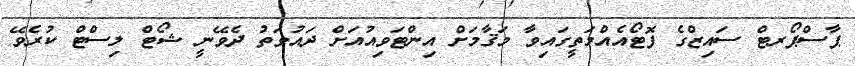
ޕާސްޕޯރޓް ސައިޒްގެ ފޮޓޯއެއްމަތީގައިވާ މަޤާމަށް އިންޓަވިއުއަށް ދައުވަތު ދެވޭނީ ޝޯޓް ލިސްޓް ކުރެވޭ